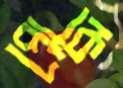
পোকে